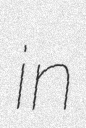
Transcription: in